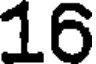
16